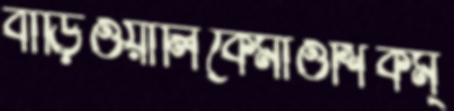
বাড়িওয়ালিকেমাওশিকম্